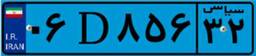
۷۵D۳۴۹۶۲